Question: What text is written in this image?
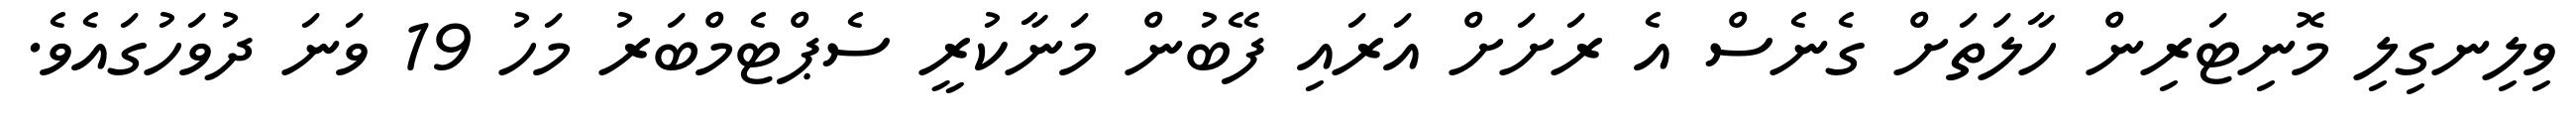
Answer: ވިލިނގިލި މޮނިޓަރިން ހާލަތަށް ގެނެސް އެ ރަށަށް އަރައި ފޭބުން މަނާކުރީ ސެޕްޓެމްބަރު މަހު 19 ވަނަ ދުވަހުގައެވެ.